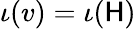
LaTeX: \iota(v)=\iota(\mathsf{H})